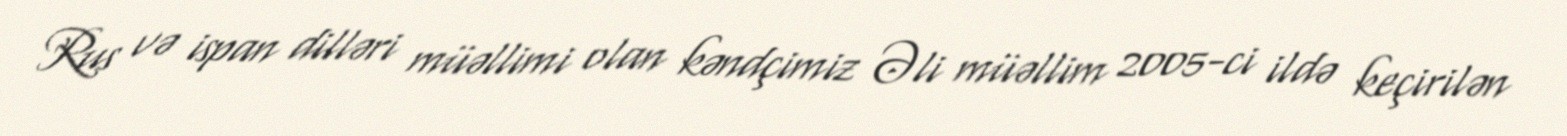
Rus və ispan dilləri müəllimi olan kəndçimiz Əli müəllim 2005-ci ildə keçirilən